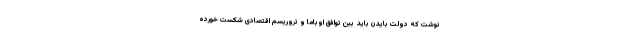
نوشت که دولت بایدن باید بین توافق اوباما و تروریسم اقتصادی شکست خورده